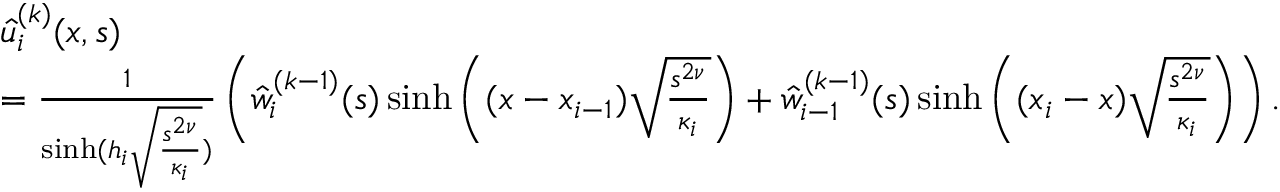
\begin{array} { r l } & { \hat { u } _ { i } ^ { ( k ) } ( x , s ) } \\ & { = \frac { 1 } { \sinh ( h _ { i } \sqrt { \frac { s ^ { 2 \nu } } { \kappa _ { i } } } ) } \left( \hat { w } _ { i } ^ { ( k - 1 ) } ( s ) \sinh \left( ( x - x _ { i - 1 } ) \sqrt { \frac { s ^ { 2 \nu } } { \kappa _ { i } } } \right) + \hat { w } _ { i - 1 } ^ { ( k - 1 ) } ( s ) \sinh \left( ( x _ { i } - x ) \sqrt { \frac { s ^ { 2 \nu } } { \kappa _ { i } } } \right) \right) . } \end{array}